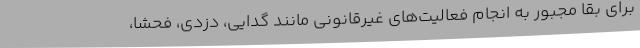
برای بقا مجبور به انجام فعالیت‌های غیرقانونی مانند گدایی، دزدی، فحشا،